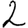
Digit: 2